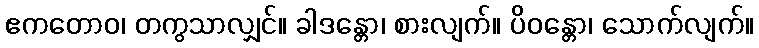
ဧကတောဝ၊ တကွသာလျှင်။ ခါဒန္တော၊ စားလျက်။ ပိဝန္တော၊ သောက်လျက်။